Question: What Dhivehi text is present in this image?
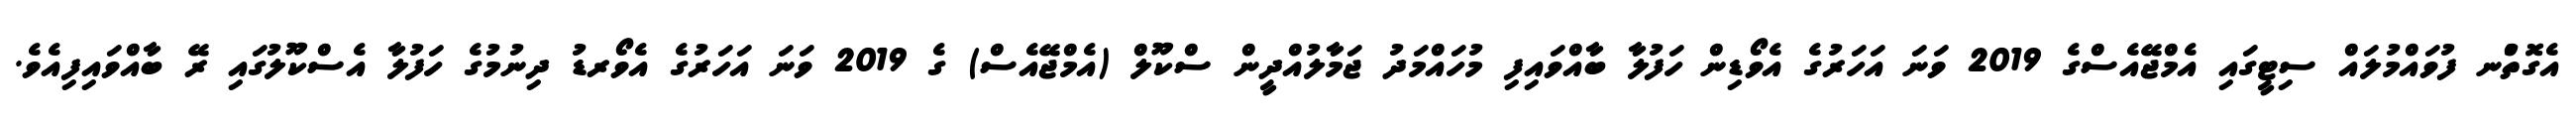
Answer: އެގޮތުްނ ފުވައްމުލައް ސިޓީގައި އެމްޖޭއެސްގެ 2019 ވަނަ އަހަރުގެ އެވޯޑިން ހަފުލާ ބާއްވައިފި މުހައްމަދު ޖަމާލުއްދީން ސްކޫލް (އެމްޖޭއެސް) ގެ 2019 ވަނަ އަހަރުގެ އެވޯރޑު ދިނުމުގެ ހަފުލާ އެސްކޫލުގައި ރޭ ބާއްވައިފިއެވެ.